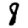
Digit: 8